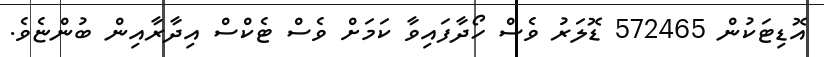
އޮޑިޓަކުން 572465 ޑޮލަރު ވެސް ހޯދާފައިވާ ކަމަށް ވެސް ޓެކްސް އިދާރާއިން ބުންޏެވެ.